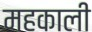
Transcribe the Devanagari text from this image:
महकाली